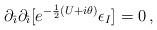
LaTeX: \begin{align*}\partial_{\hat{\imath}}\partial_{\hat{\imath}}[e^{-\frac{1}{2}(U+i\theta)}\epsilon_{I}] = 0\, ,\end{align*}